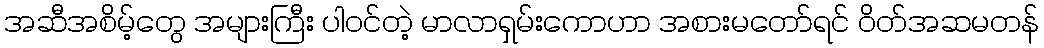
အဆီအစိမ့်တွေ အများကြီး ပါဝင်တဲ့ မာလာရှမ်းကောဟာ အစားမတော်ရင် ဝိတ်အဆမတန်